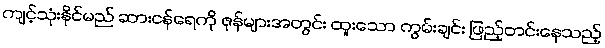
ကျင့်သုံးနိုင်မည် ဆားငန်ရေကို ဇုန်များအတွင်း ထူးသော ကွမ်းချင်း ဖြည့်တင်းနေသည့်